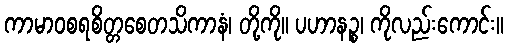
ကာမာဝစရစိတ္တစေတသိကာနံ၊ တို့ကို။ ပဟာနဉ္စ၊ ကိုလည်းကောင်း။